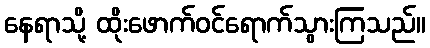
နေရာသို့ ထိုးဖောက်ဝင်ရောက်သွားကြသည်။